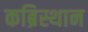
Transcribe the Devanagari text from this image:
कब्रिस्थान